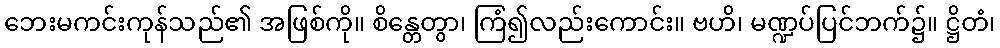
ဘေးမကင်းကုန်သည်၏ အဖြစ်ကို။ စိန္တေတွာ၊ ကြံ၍လည်းကောင်း။ ဗဟိ၊ မဏ္ဍပ်ပြင်ဘက်၌။ ဋ္ဌိတံ၊